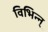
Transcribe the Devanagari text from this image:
विभिन्न्